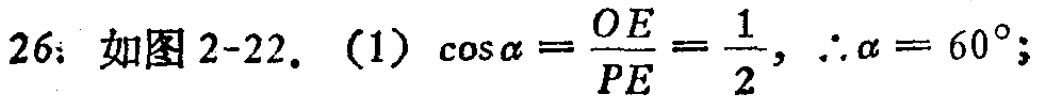
26. 如图 2-22. (1) \(\cos\alpha=\frac{OE}{PE}=\frac{1}{2},\therefore\alpha = 60^{\circ};\)